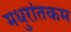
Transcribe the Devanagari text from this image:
मधुरांतकम